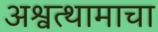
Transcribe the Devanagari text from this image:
अश्वत्थामाचा